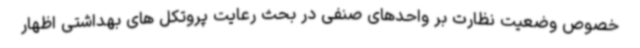
خصوص وضعیت نظارت بر واحدهای صنفی در بحث رعایت پروتکل های بهداشتی اظهار